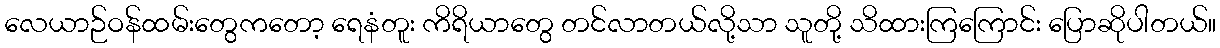
လေယာဉ်ဝန်ထမ်းတွေကတော့ ရေနံတူး ကိရိယာတွေ တင်လာတယ်လို့သာ သူတို့ သိထားကြကြောင်း ပြောဆိုပါတယ်။